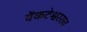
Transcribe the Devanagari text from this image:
वेंकटेश्वरराव